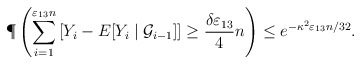
\begin{align*}\P\left(\sum_{i=1}^{\varepsilon_{13}n}\left[Y_i -E[Y_i\mid \mathcal{G}_{i-1}]\right]\geq \frac{\delta\varepsilon_{13}}{4}n\right) \leq e^{-\kappa^2\varepsilon_{13}n/32}.\end{align*}